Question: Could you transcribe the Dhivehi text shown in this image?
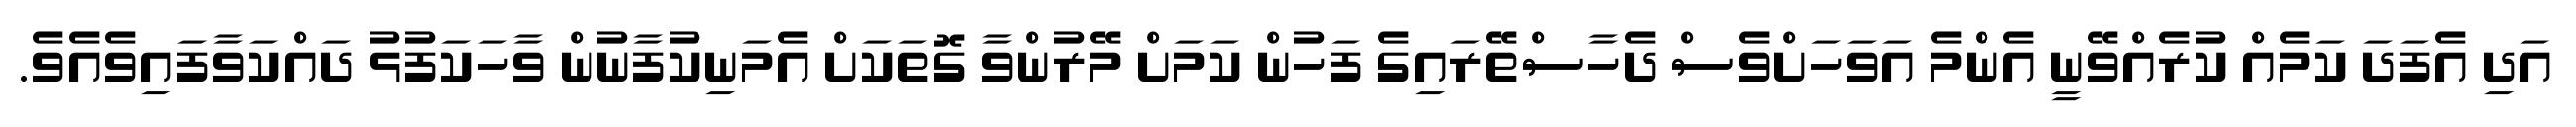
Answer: އަދި އެފަދަ ކަމެއް ކުރެއްވޭނީ އެންމެ އަވަހަށްވެސް ދެހާސްތޭރައިގެ ފަހުން ކަމަށް މޭރުންވާ ގޮތަކަށް އެމަނިކުފާނުން ވާހަކަފުޅު ދައްކަވާފައިވެއެވެ.